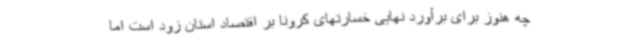
چه هنوز برای برآورد نهایی خسارتهای کرونا بر اقتصاد استان زود است اما